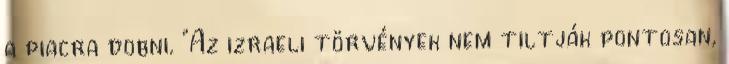
a piacra dobni. "Az izraeli törvények nem tiltják pontosan,